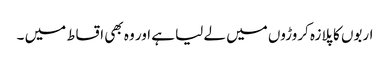
اربوں کا پلازہ کروڑوں میں لے لیا ہے اور وہ بھی اقساط میں ۔